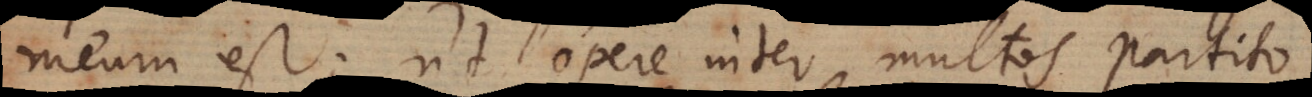
meum est; ut opere inter multos partito